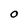
Character: O